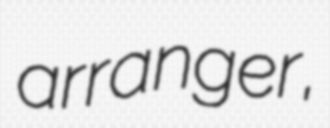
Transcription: arranger,